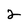
Character: 2